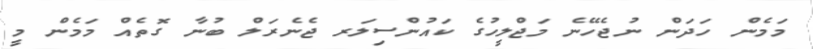
މަމެން ހަދަން ނުޖެހޭނެ މަޖްލީހުގެ ކައުންސިލަރ ޖެނެރަލް ބުނާ ގޮތެއް މަމެން މީ